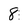
Character: 8